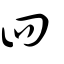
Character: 亖